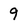
Character: 9